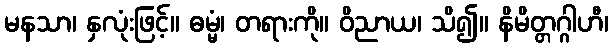
မနသာ၊ နှလုံးဖြင့်။ ဓမ္မံ၊ တရားကို။ ဝိညာယ၊ သိ၍။ နိမိတ္တဂ္ဂါဟီ၊